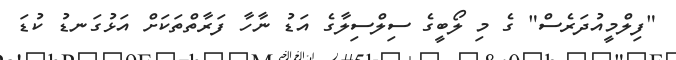
"ފިލްމީއުދަރެސް" ގެ މި ލޯބީގެ ސިލްސިލާގެ އަޑު ނާހާ ފަރާތްތަކަށް އަޅުގަނޑު ކުޑަ